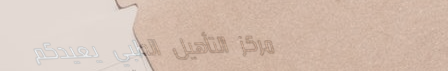
مركز التأهيل الطبي يعيدكم